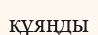
құяңды